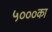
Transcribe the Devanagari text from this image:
५०००का